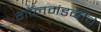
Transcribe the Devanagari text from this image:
गॉलमंडळींचे